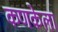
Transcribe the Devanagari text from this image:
कणकेला